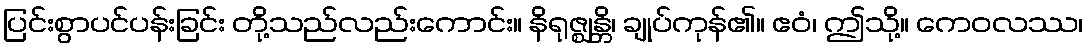
ပြင်းစွာပင်ပန်းခြင်း တို့သည်လည်းကောင်း။ နိရုဇ္ဈန္တိ၊ ချုပ်ကုန်၏။ ဧဝံ၊ ဤသို့။ ကေဝလဿ၊